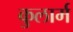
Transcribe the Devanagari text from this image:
कुलार्म